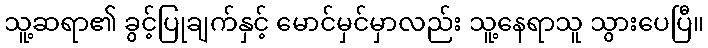
သူ့ဆရာ၏ ခွင့်ပြုချက်နှင့် မောင်မှင်မှာလည်း သူ့နေရာသူ သွားပေပြီ။